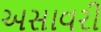
અસાવરી